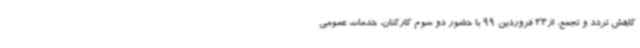
کاهش تردد و تجمع، از23 فروردین 99 با حضور دو سوم کارکنان، خدمات عمومی